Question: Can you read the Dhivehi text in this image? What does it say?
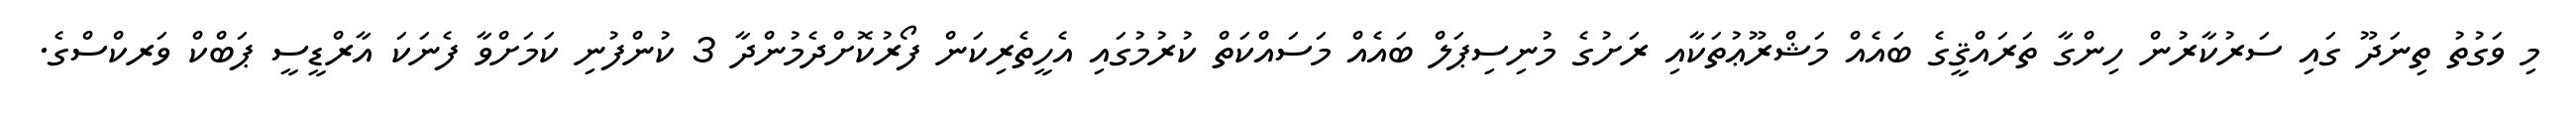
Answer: މި ވަގުތު ތިނަދޫ ގައި ސަރުކާރުން ހިންގާ ތަރައްޤީގެ ބައެއް މަޝްރޫޢުތަކާއި ރަށުގެ މުނިސިޕަލް ބައެއް މަސައްކަތް ކުރުމުގައި އެހީތެރިކަން ފޯރުކޮށްދެމުންދާ 3 ކުންފުނި ކަމަށްވާ ފެނަކަ އާރްޑީސީ ޕަބްކް ވަރކްސްގެ.